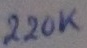
Text: 220K